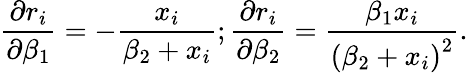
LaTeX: {\frac{\partial r_{i}}{\partial\beta_{1}}}=-{\frac{x_{i}}{\beta_{2}+x_{i}}};{\frac{\partial r_{i}}{\partial\beta_{2}}}={\frac{\beta_{1}x_{i}}{\left(\beta_{2}+x_{i}\right)^{2}}}.